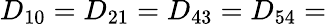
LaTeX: D_{10}=D_{21}=D_{43}=D_{54}=